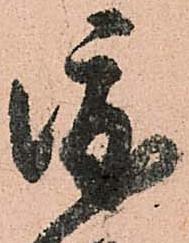
渡